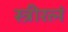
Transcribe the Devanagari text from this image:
स्त्रीरत्नं